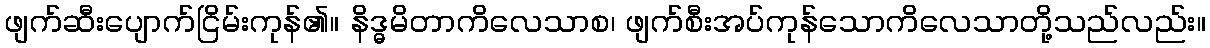
ဖျက်ဆီးပျောက်ငြိမ်းကုန်၏။ နိဒ္ဓမိတာကိလေသာစ၊ ဖျက်စီးအပ်ကုန်သောကိလေသာတို့သည်လည်း။